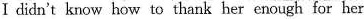
I didn't know how to thank her enough for her